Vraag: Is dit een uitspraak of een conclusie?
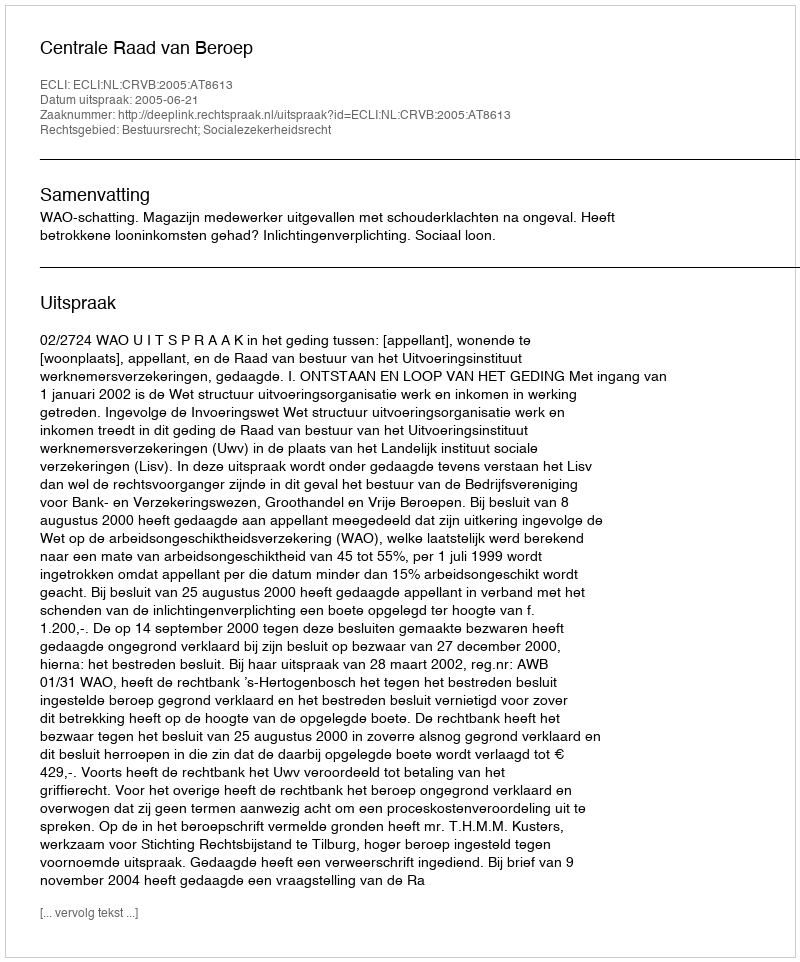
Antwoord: Uitspraak